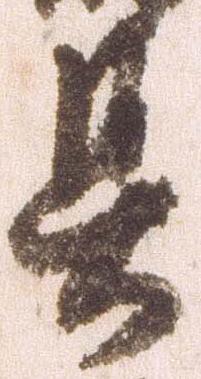
具